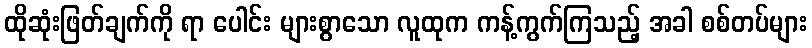
ထိုဆုံးဖြတ်ချက်ကို ရာ ပေါင်း များစွာသော လူထုက ကန့်ကွက်ကြသည့် အခါ စစ်တပ်များ